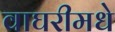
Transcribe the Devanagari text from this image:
वाघरीमधे